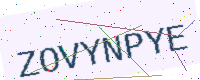
Text: ZOVYNPYE